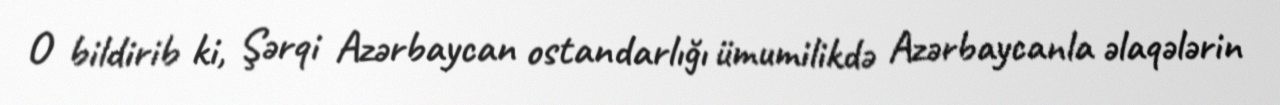
O bildirib ki, Şərqi Azərbaycan ostandarlığı ümumilikdə Azərbaycanla əlaqələrin